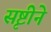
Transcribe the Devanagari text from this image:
सृष्टीने